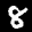
Label: 8